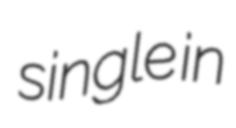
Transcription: single in